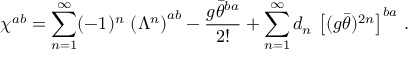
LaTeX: \chi ^ { a b } = \sum _ { n = 1 } ^ { \infty } ( - 1 ) ^ { n } \, \left( \Lambda ^ { n } \right) ^ { a b } - \frac { g \bar { \theta } ^ { b a } } { 2 ! } + \sum _ { n = 1 } ^ { \infty } d _ { n } \, \left[ ( g \bar { \theta } ) ^ { 2 n } \right] ^ { b a } \, .